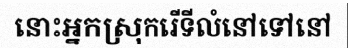
នោះអ្នកស្រុករើទីលំនៅទៅនៅ